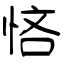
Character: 悋